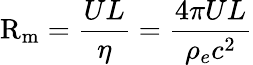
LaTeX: \mathrm{R}_{\mathrm{m}}={\frac{UL}{\eta}}={\frac{4\pi UL}{\rho_{e}c^{2}}}